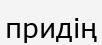
придің